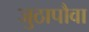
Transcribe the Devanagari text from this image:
जुठापौवा